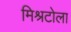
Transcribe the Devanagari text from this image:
मिश्रटोला